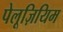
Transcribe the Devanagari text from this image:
पेलूज़ियिम